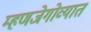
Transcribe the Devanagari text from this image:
म्हणजेगोव्यात